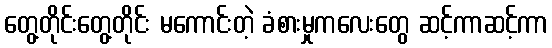
တွေ့တိုင်းတွေ့တိုင်း မကောင်းတဲ့ ခံစားမှုကလေးတွေ ဆင့်ကာဆင့်ကာ